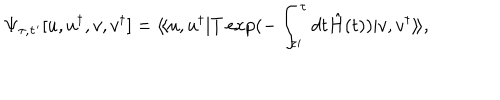
\Psi _ { \tau , \tau ^ { \prime } } [ u , u ^ { \dagger } , { v } , { v } ^ { \dagger } ] = \langle \! \langle u , u ^ { \dagger } | T \exp ( - \int _ { \tau \prime } ^ { \tau } d t \hat { H } ( t ) ) | { v } , { v } ^ { \dagger } \rangle \! \rangle ,